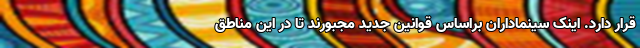
قرار دارد. اینک سینماداران براساس قوانین جدید مجبورند تا در این مناطق